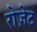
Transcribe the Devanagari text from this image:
रोजे़ट